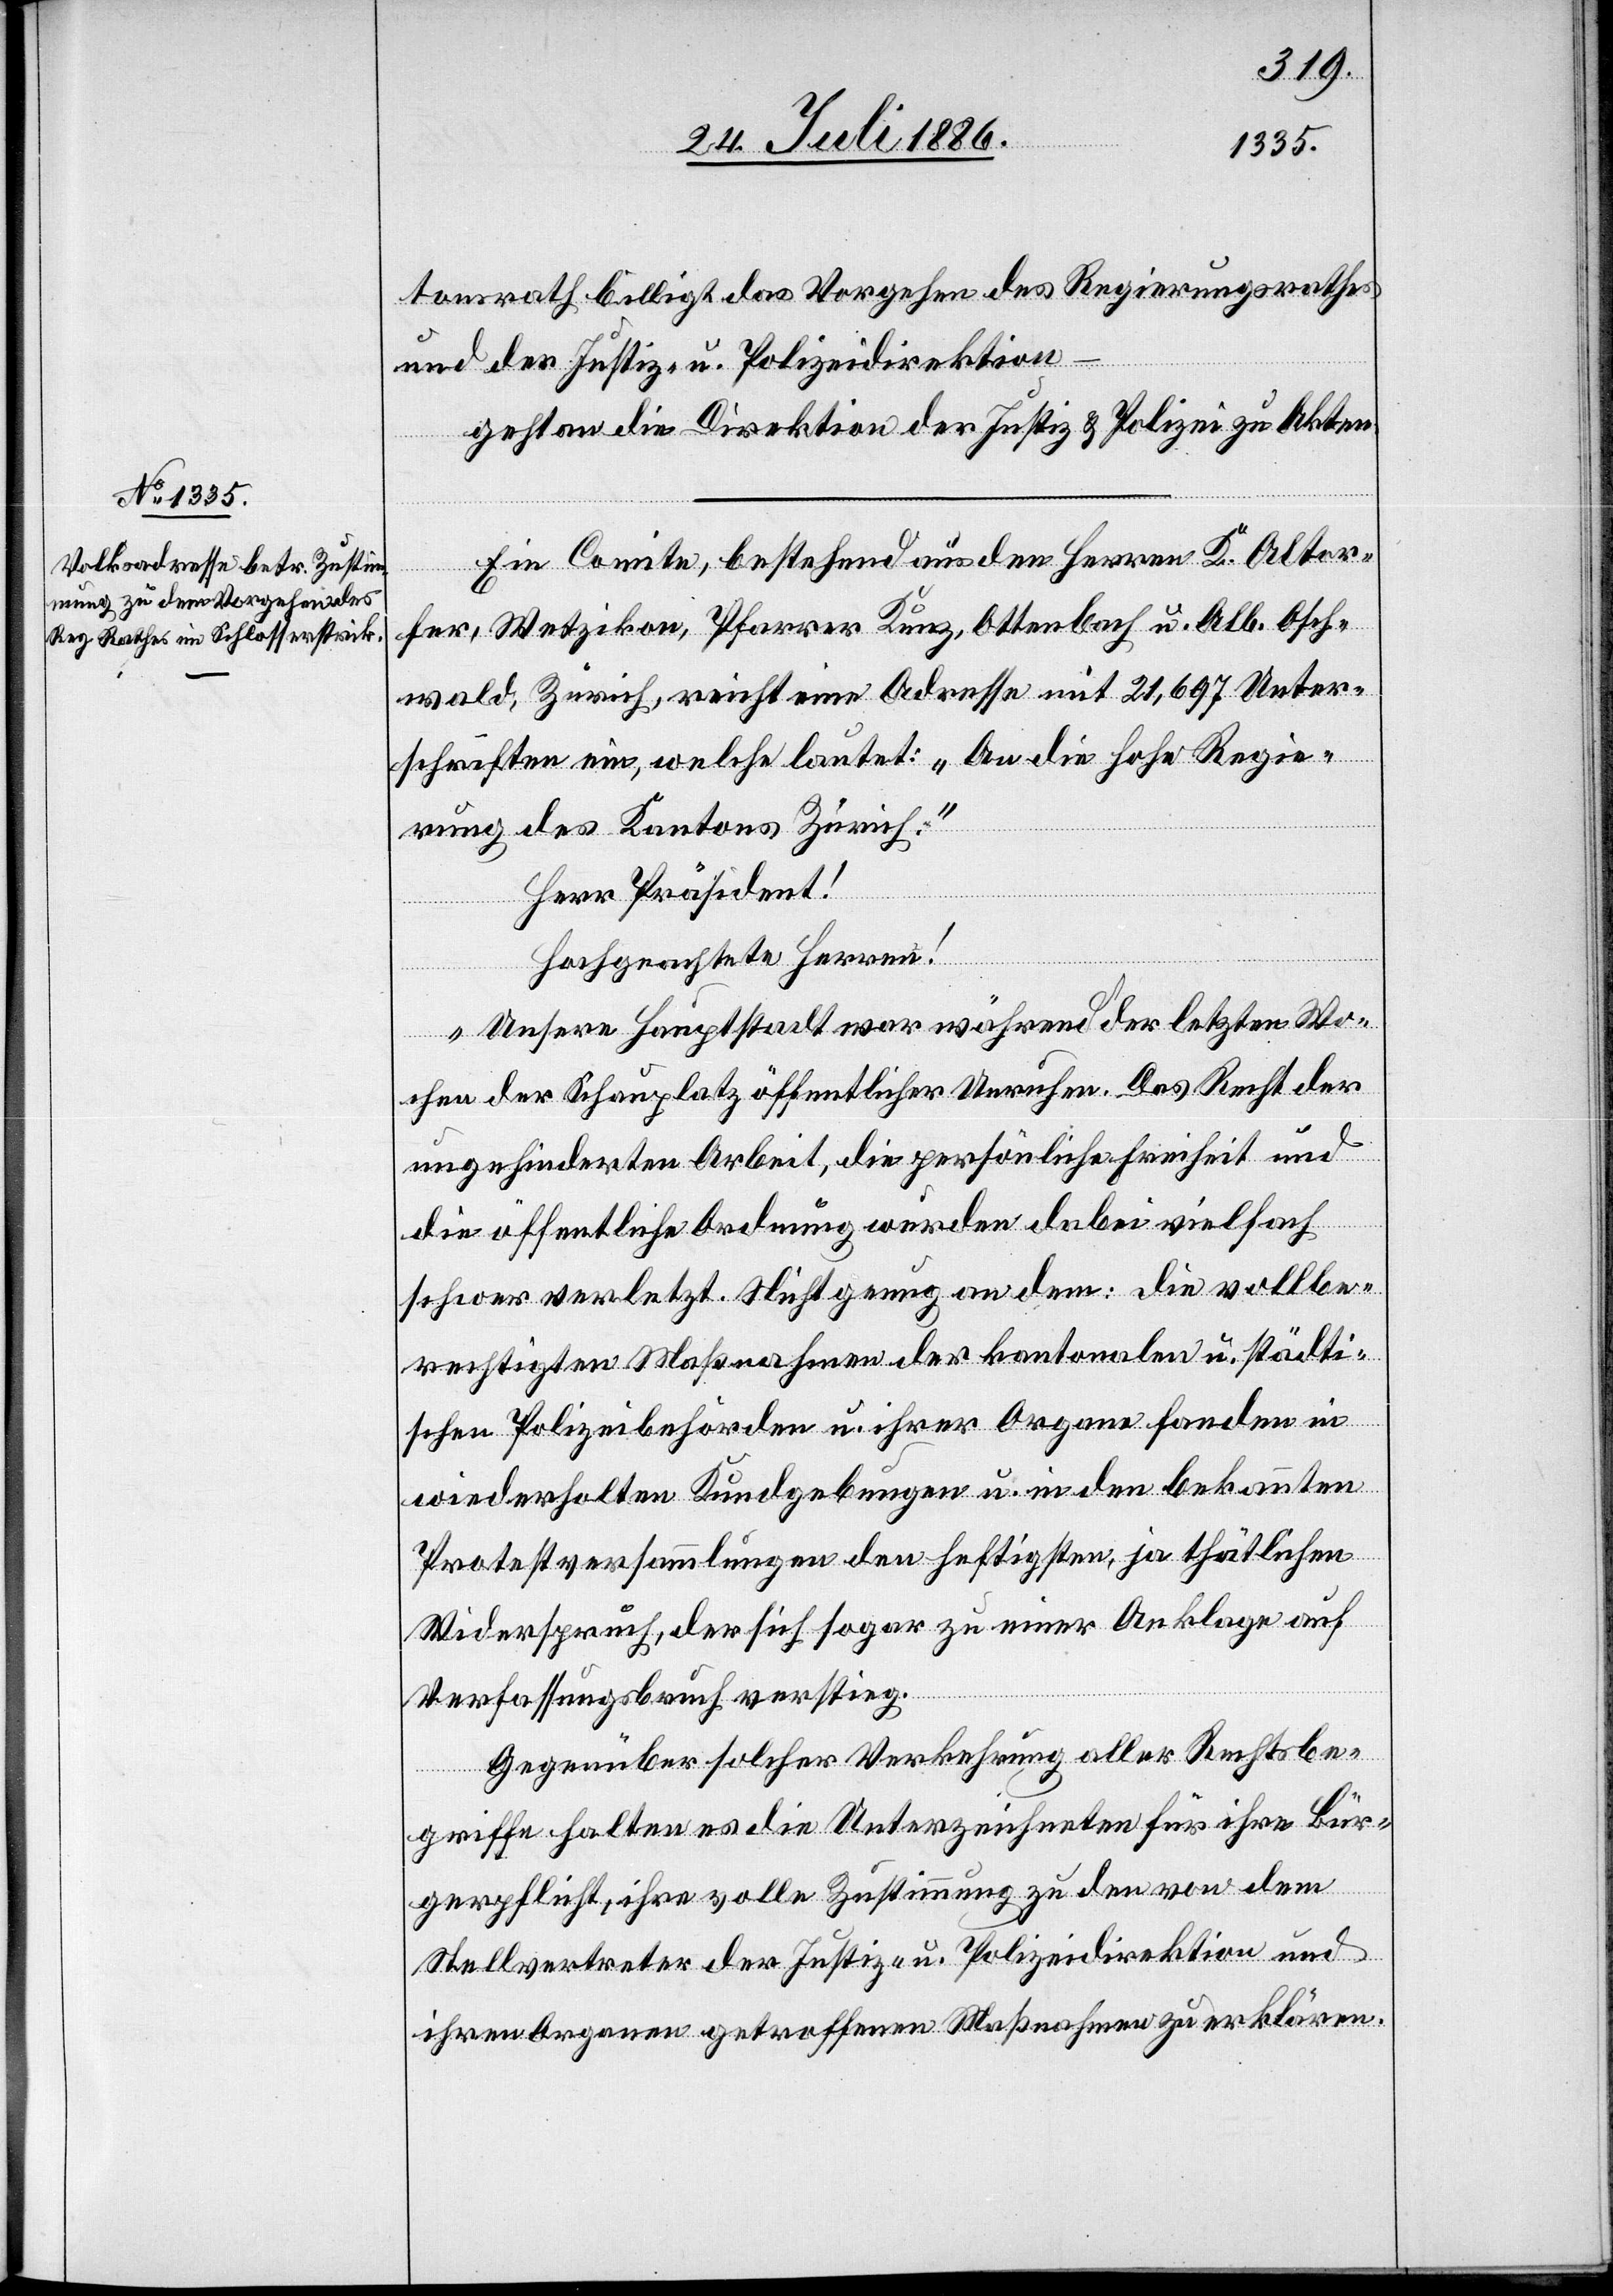
tonsrath billigt das Vorgehen des Regierungsrathes
und der Justiz- u. Polizeidirektion –
geht an die Direktion der Justiz & Polizei zu Akten.
Ein Comite, bestehend aus den Herren K. Altor¬
fer, Wetzikon, Pfarrer Kunz, Ottenbach u. Alb. Osch¬
wald, Zürich, reicht eine Adresse mit 21,697 Unter¬
schriften ein, welche lautet: „An die hohe Regie¬
rung des Kantons Zürich.“
Herr Präsident!
Hochgeachtete Herren!
„Unsere Hauptstadt war während der letzten Wo¬
chen der Schauplatz öffentlicher Unruhen. Das Recht der
ungehinderten Arbeit, die persönliche Freiheit und
die öffentliche Ordnung wurden dabei vielfach
schwer verletzt. Nicht genug an dem: die vollbe¬
rechtigten Maßnahmen der kantonalen und städti¬
schen Polizeibehörden u. ihrer Organe fanden in
wiederholten Kundgebungen u. in den bekannten
Protestversammlungen den heftigsten, ja thätlichen
Widerspruch, der sich sogar zu einer Anklage auf
Verfassungsbruch verstieg.
Gegenüber solcher Verkehrung aller Rechtbe¬
griffe halten es die Unterzeichneten für ihre Bür¬
gerpflicht, ihre volle Zustimmung zu den von dem
Stellvertreter der Justiz- u. Polizeidirektion und
ihren Organen getroffenen Maßnahmen zu erklären.